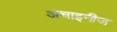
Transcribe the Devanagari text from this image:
अचाइनीज